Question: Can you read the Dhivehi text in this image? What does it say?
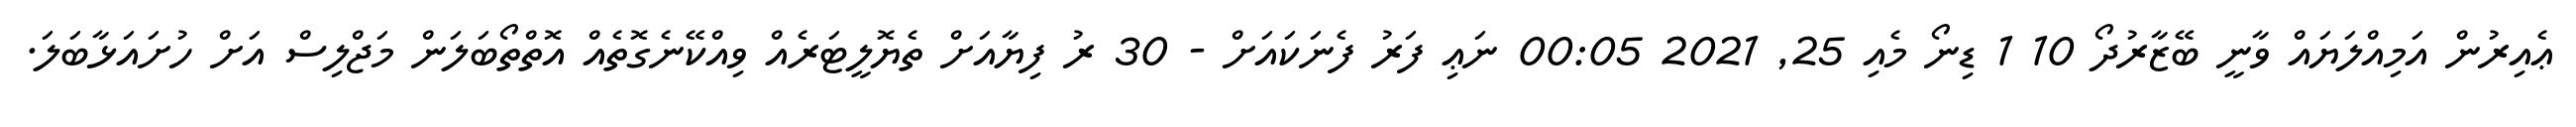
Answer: ޢެއިރުން އަމިއްލަޔައް ވާނީ ބޭޒާރުދޯ 10 1 ޑިނޯ މެއި 25, 2021 00:05 ނަޢި ފަރު ފެނަކައަށް - 30 ރު ފިޔާއަށް ތެޔޮލީޓަރެއް ވިއްކޭނެގޮތެއް އޮތްތޯބަލަން މަޖްލިސް އަށް ހުށައަޅާބަލަ.